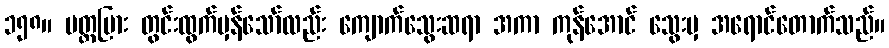
၁၅၈။ ပတ္တမြား တွင်းထွက်မှန်သော်လည်း ကျောက်သွေးဆရာ အကာ ကုန်အောင် သွေးမှ အရောင်တောက်သည်။